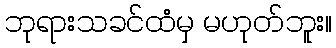
ဘုရားသခင်ထံမှ မဟုတ်ဘူး။